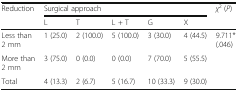
<table><thead><tr><td rowspan="2"><b>Reduction</b></td><td colspan="5"><b>Surgical approach</b></td><td rowspan="2"><b><i>χ</i><sup>2</sup> (<i>P</i>)</b></td></tr><tr><td><b>L</b></td><td><b>T</b></td><td><b>L + T</b></td><td><b>G</b></td><td><b>X</b></td></tr></thead><tbody><tr><td>Less than 2 mm</td><td>1 (25.0)</td><td>2 (100.0)</td><td>5 (100.0)</td><td>3 (30.0)</td><td>4 (44.5)</td><td rowspan="2">9.711* (.046)</td></tr><tr><td>More than 2 mm</td><td>3 (75.0)</td><td>0 (0.0)</td><td>0 (0.0)</td><td>7 (70.0)</td><td>5 (55.5)</td></tr><tr><td>Total</td><td>4 (13.3)</td><td>2 (6.7)</td><td>5 (16.7)</td><td>10 (33.3)</td><td>9 (30.0)</td><td></td></tr></tbody></table>